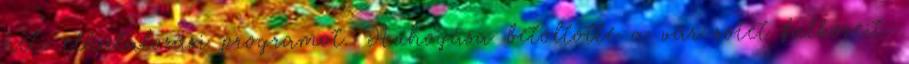
heti elhalálozási programot. Huhogása betöltötte a vár sötét falközeit.